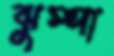
ঝুম্পা